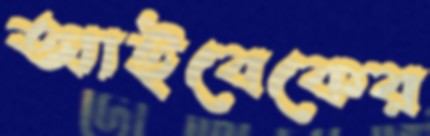
আইবেকের